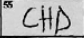
Transcription: CHD